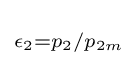
\scriptstyle \epsilon _{2}=p_{2}/p_{2m}